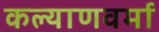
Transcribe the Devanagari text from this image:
कल्याणवर्मा